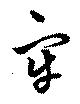
牢